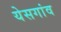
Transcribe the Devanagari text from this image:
येसगांव